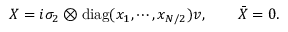
X = i \sigma _ { 2 } \otimes \mathrm { d i a g } ( x _ { 1 } , \cdots , x _ { N / 2 } ) v , \qquad \bar { X } = 0 .